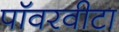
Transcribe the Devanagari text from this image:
पॉवरवीटा